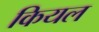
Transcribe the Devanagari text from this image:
कियल